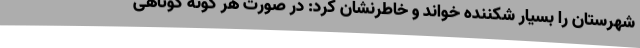
شهرستان را بسیار شکننده خواند و خاطرنشان کرد: در صورت هر گونه کوتاهی